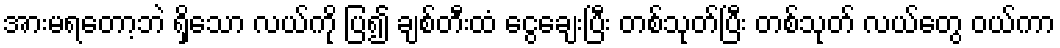
အားမရတော့ဘဲ ရှိသော လယ်ကို ပြ၍ ချစ်တီးထံ ငွေချေးပြီး တစ်သုတ်ပြီး တစ်သုတ် လယ်တွေ ဝယ်ကာ